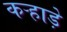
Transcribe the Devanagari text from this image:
कऱ्हाड़े